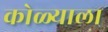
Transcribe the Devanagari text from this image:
कोळ्याला